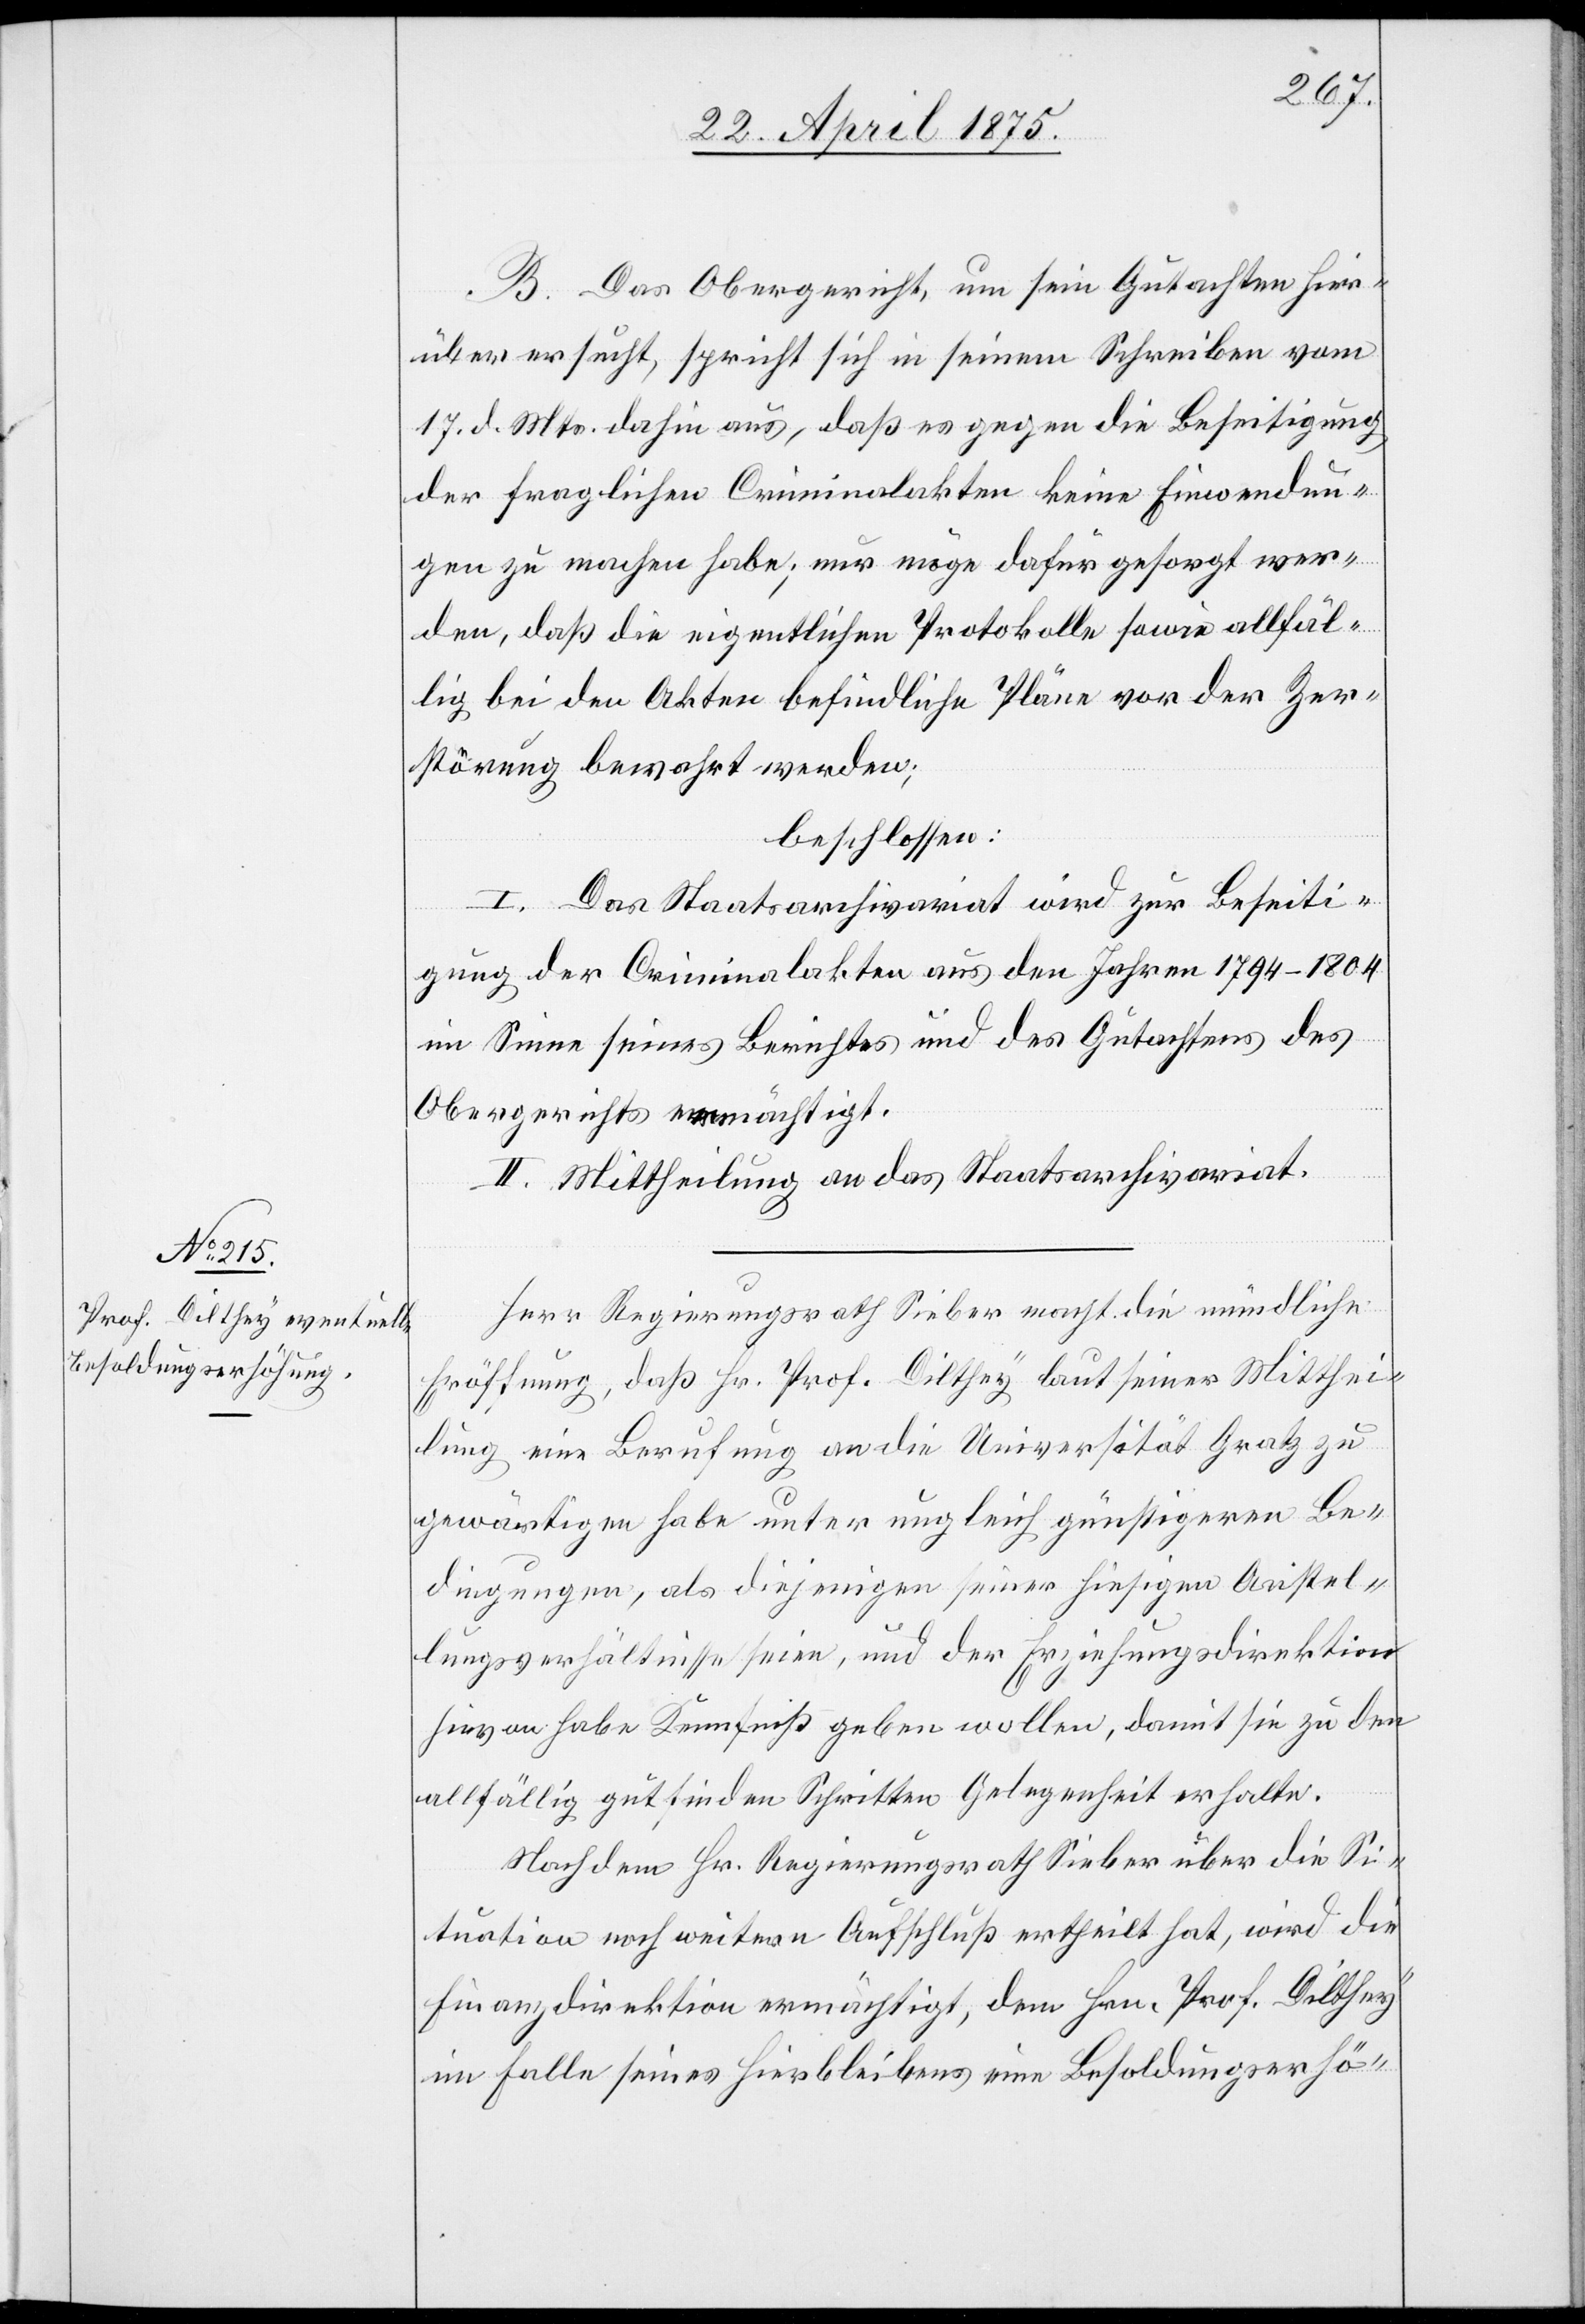
B. Das Obergericht, um sein Gutachten hier¬
über ersucht, spricht sich in seinem Schreiben vom
17. d. Mts. dahin aus, daß es gegen die Beseitigung
der fraglichen Criminalakten keine Einwendun¬
gen zu machen habe; nur möge dafür gesorgt wer¬
den, daß die eigentlichen Protokolle sowie allfäl¬
lige bei den Akten befindliche Pläne vor der Zer¬
störung bewahrt werden;
beschlossen:
I. Das Staatsarchivariat wird zur Beseiti¬
gung der Criminalakten aus den Jahren 1794–1804
im Sinne seines Berichtes und des Gutachtens des
Obergerichtes ermächtigt.
II. Mittheilung an das Staatsarchivariat.
Herr Regierungsrath Sieber macht die mündliche
Erklärung, daß Hr. Prof. Dilthey laut seiner Mitthei¬
lung eine Berufung an die Universität Graz zu
gewärtigen habe unter ungleich günstigeren Be¬
dingungen, als diejenigen seiner hiesigen Anstel¬
lungsverhältnisse seien, und der Erziehungsdirektion
hievon habe Kenntniß geben wollen, damit sie zu den
allfällig gutfinden [sic!] Schritten Gelegenheit erhalte.
Nachdem Hr. Regierungsrath Sieber über die Si¬
tuation noch weitern Aufschluß ertheilt hat, wird die
Finanzdirektion ermächtigt, dem Hrn. Prof. Dilthey
im Falle seines Hierbleibens eine Besoldungserhö-